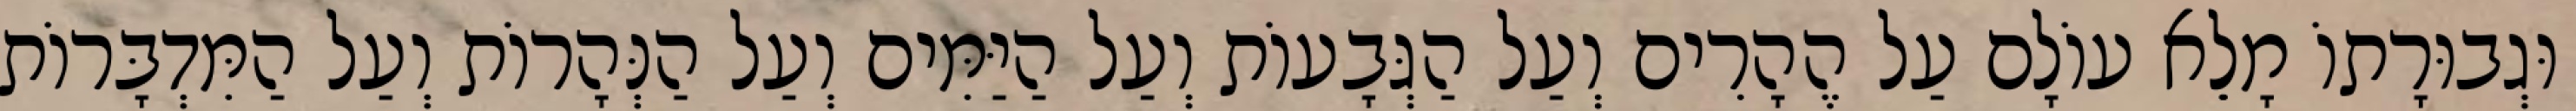
וּגְבוּרָתוֹ מָלֵא עוֹלָם עַל הֶהָרִים וְעַל הַגְּבָעוֹת וְעַל הַיַּמִּים וְעַל הַנְּהָרוֹת וְעַל הַמִּדְבָּרוֹת